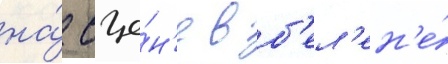
на́ сце́н'е в б'ел'ен'е́